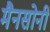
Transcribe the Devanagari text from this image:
मैनसोनी